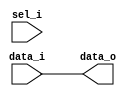
// This program was cloned from: https://github.com/chipsalliance/synlig
// License: Apache License 2.0

/* Generated by Yosys 0.27+9 (git sha1 101d19bb6, gcc 11.2.0-7ubuntu2 -fPIC -Os) */

(* top =  1  *)

module bsg_mux(data_i, sel_i, data_o);
  
  input [15:0] data_i;
  wire [15:0] data_i;
  
  output [15:0] data_o;
  wire [15:0] data_o;
  
  (* unused_bits = "0" *)
  wire \genblk1.unused ;
  
  input sel_i;
  wire sel_i;
  assign data_o = data_i;
  assign \genblk1.unused  = sel_i;
endmodule